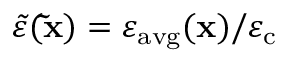
\tilde { \varepsilon } ( \mathbf { \tilde { x } } ) = \varepsilon _ { \mathrm { a v g } } ( \mathbf { x } ) / \varepsilon _ { \mathrm { c } }